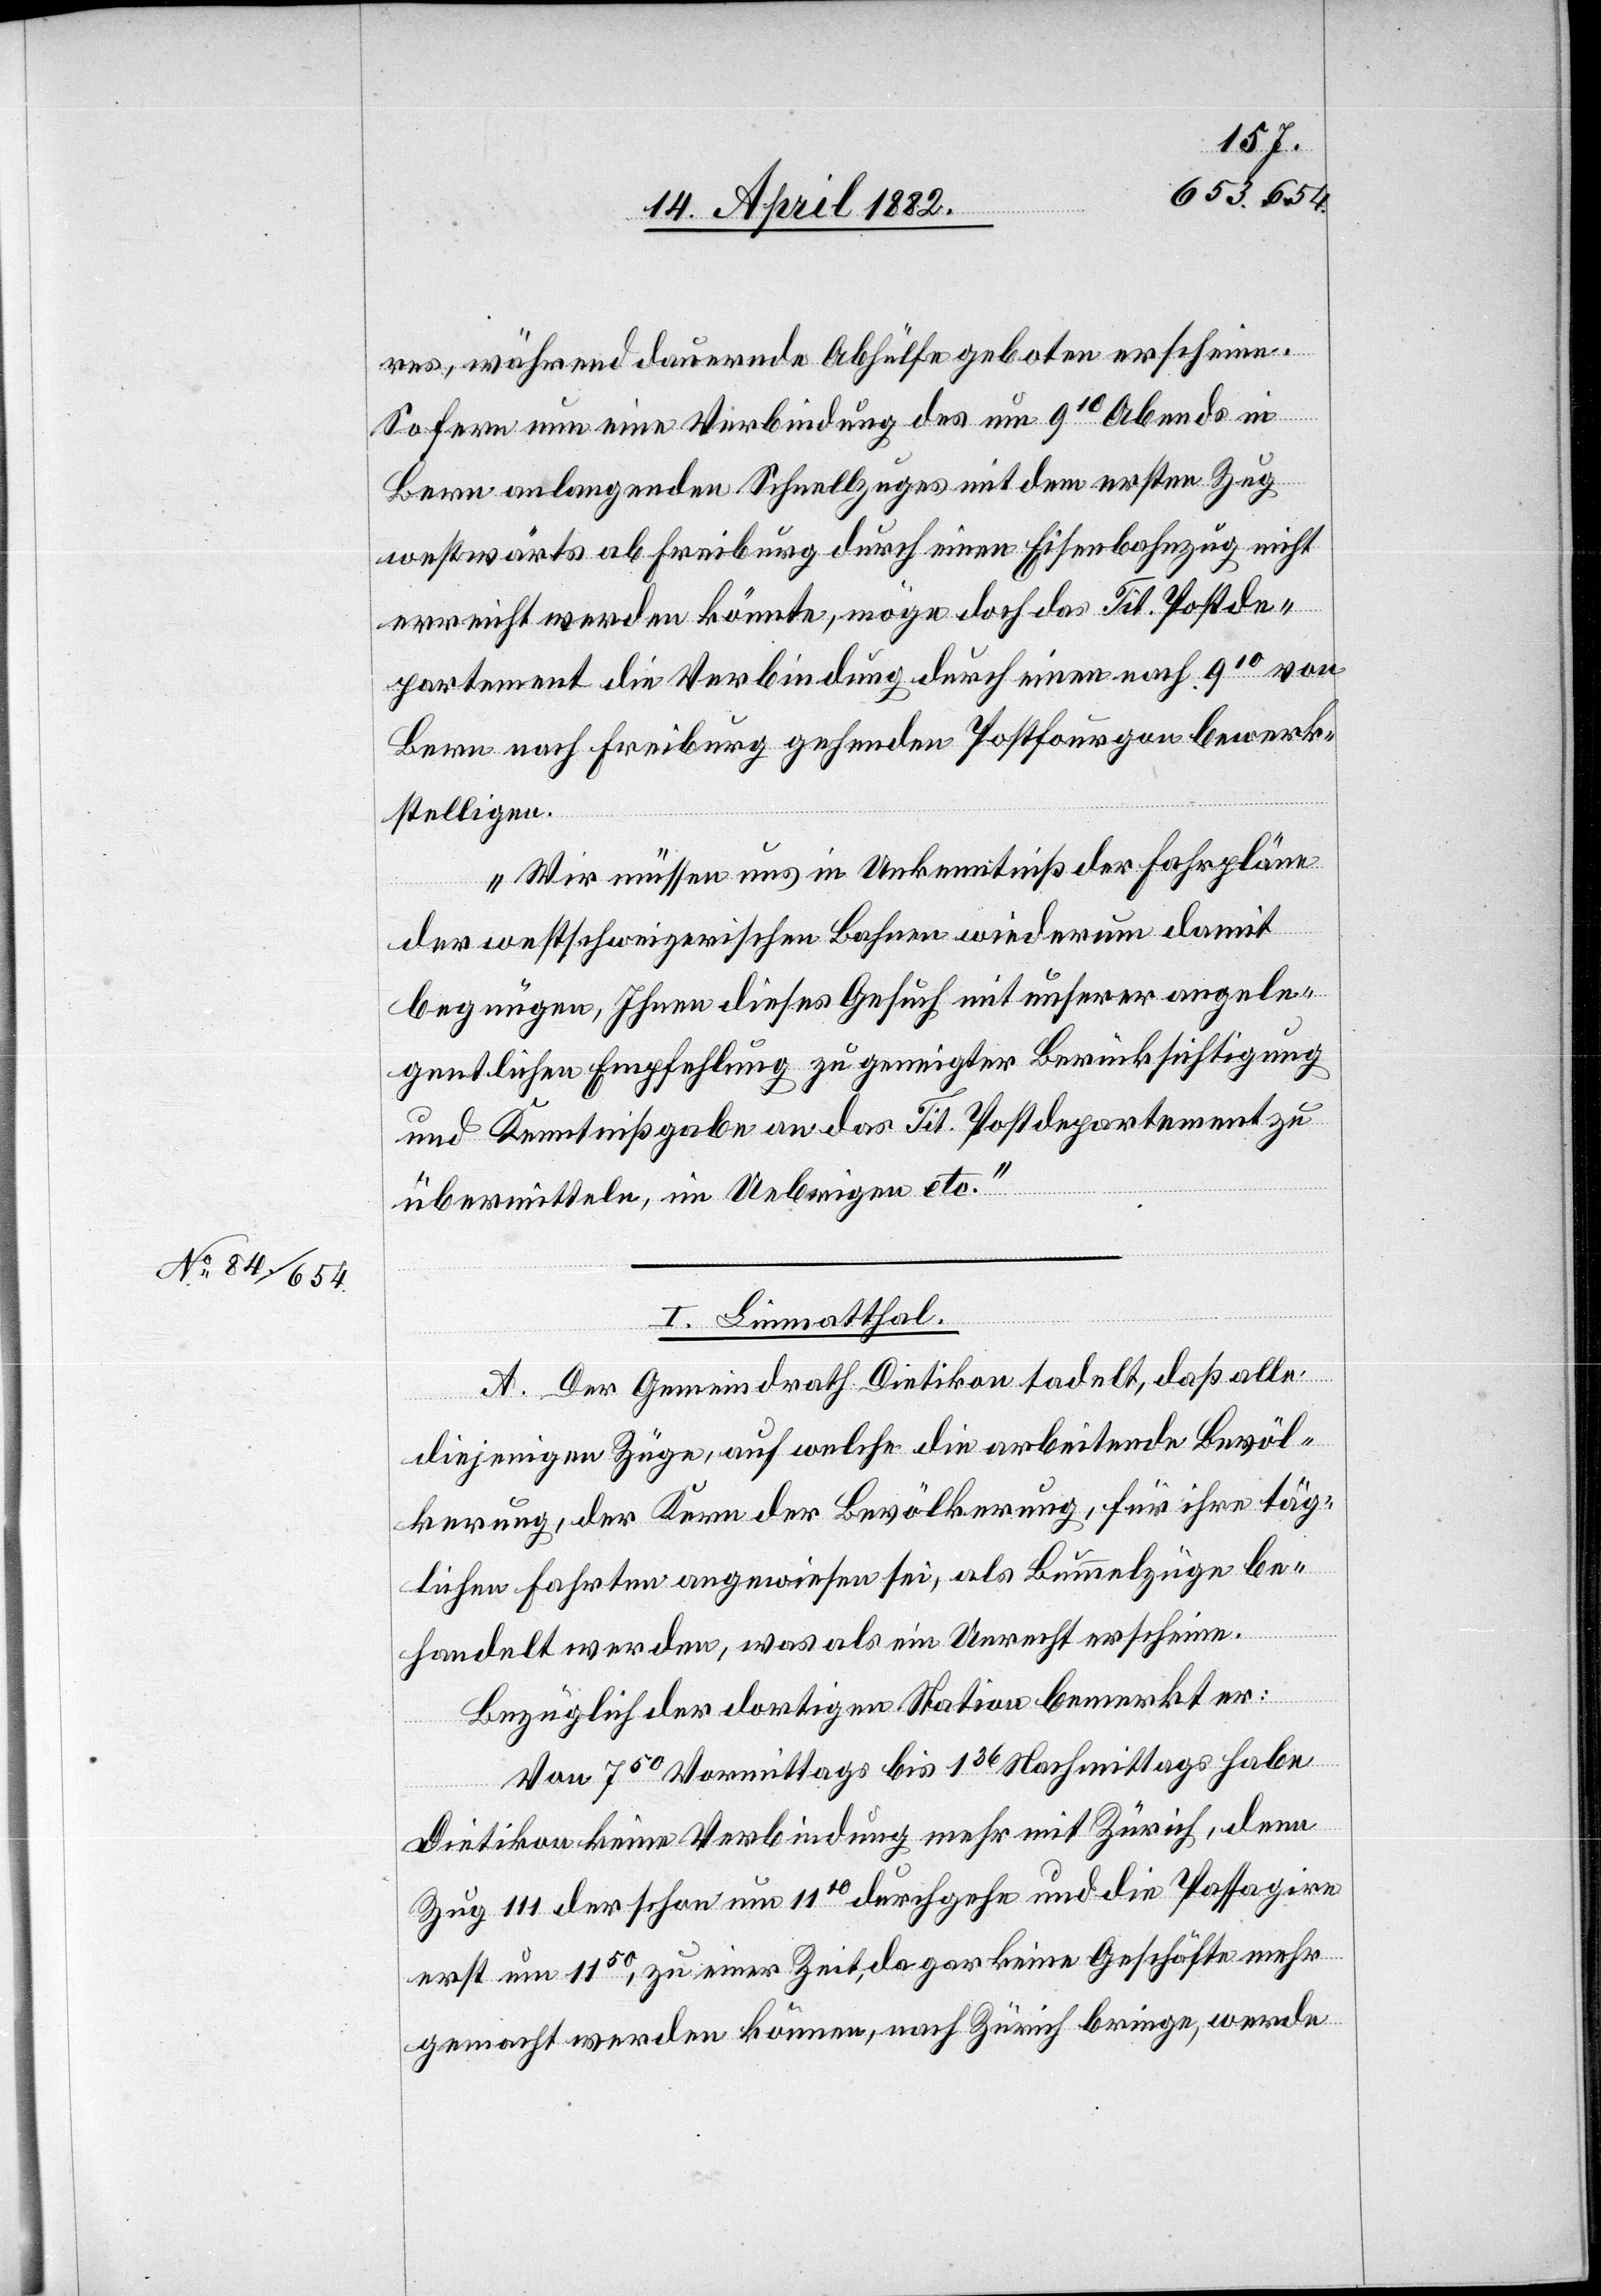
res, während dauernde Abhülfe geboten erscheine.
Sofern nun eine Verbindung des um 910 Abends in
Bern anlangenden Schnellzuges mit dem ersten Zug
westwärts ab Freiburg durch einen Eisenbahnzug nicht
erreicht werden könnte, möge doch das Tit. Postde¬
partement die Verbindung durch einen nach 910 von
Bern nach Freiburg gehenden Postfourgon bewerk¬
stelligen.
Wir müssen uns in Unkenntniß der Fahrpläne
der westschweizerischen Bahnen wiederum damit
begnügen, Ihnen dieses Gesuch mit unserer angele¬
gentlichen Empfehlung zu geneigter Berücksichtigung
und Kenntnißgabe an das Tit. Postdepartement zu
übermitteln, im Uebrigen etc.“
I. Limmatthal.
A. Der Gemeindrath Dietikon tadelt, daß alle
diejenigen Züge, auf welche die arbeitende Bevöl¬
kerung, der Kern der Bevölkerung, für ihre täg¬
lichen Fahrten angewiesen sei, als Bummelzüge be¬
handelt werden, was als ein Unrecht erscheine.
Bezüglich der dortigen Station bemerkt er:
Von 750 Vormittags bis 136 Nachmittags habe
Dietikon keine Verbindung mehr mit Zürich, denn
Zug 111 der schon um 1110 durchgehe und die Passagire
erst um 1150, zu einer Zeit, da gar keine Geschäfte mehr
gemacht werden können, nach Zürich bringe, werde